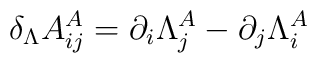
\delta_\Lambda A^A_{ij} = \partial_{i} \Lambda^A_j -\partial_j \Lambda^A_i